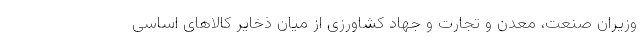
وزیران صنعت، معدن و تجارت و جهاد کشاورزی از میان ذخایر کالاهای اساسی